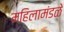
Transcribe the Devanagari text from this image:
महिलामंडळे